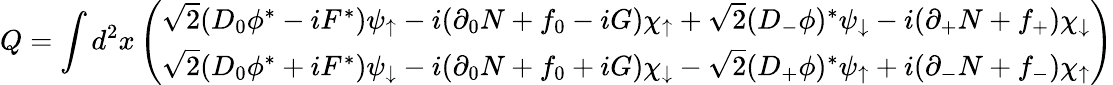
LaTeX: Q=\int d^{2}x\left(\begin{array}{c}{{\sqrt{2}(D_{0}\phi^{*}-iF^{*})\psi_{\uparrow}-i(\partial_{0}N+f_{0}-iG)\chi_{\uparrow}+\sqrt{2}(D_{-}\phi)^{*}\psi_{\downarrow}-i(\partial_{+}N+f_{+})\chi_{\downarrow}}}\\ {{\sqrt{2}(D_{0}\phi^{*}+iF^{*})\psi_{\downarrow}-i(\partial_{0}N+f_{0}+iG)\chi_{\downarrow}-\sqrt{2}(D_{+}\phi)^{*}\psi_{\uparrow}+i(\partial_{-}N+f_{-})\chi_{\uparrow}}}\end{array}\right)